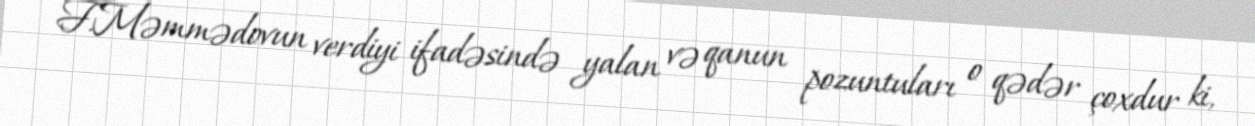
F.Məmmədovun verdiyi ifadəsində yalan və qanun pozuntuları o qədər çoxdur ki,